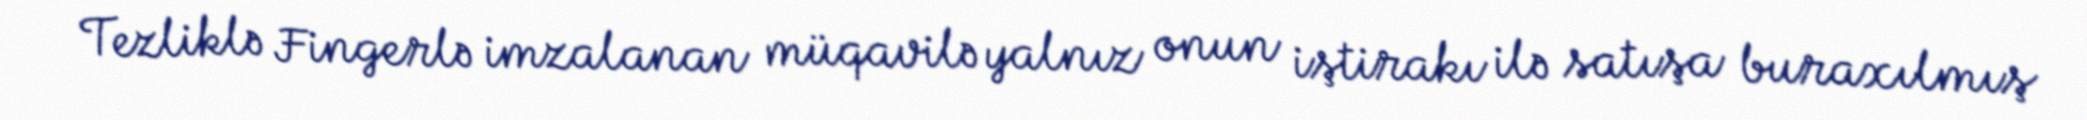
Tezliklə Fingerlə imzalanan müqavilə yalnız onun iştirakı ilə satışa buraxılmış